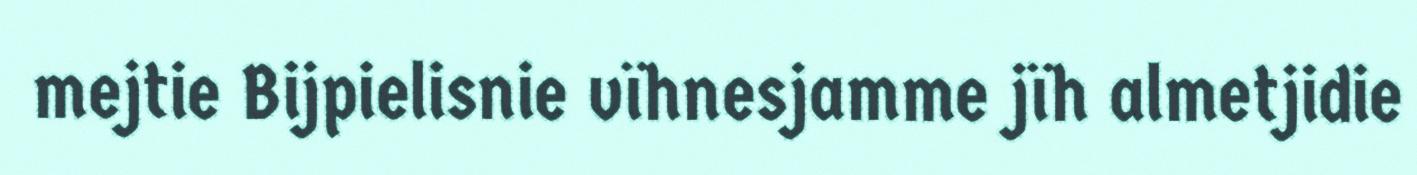
mejtie Bijpielisnie vïhnesjamme jïh almetjidie